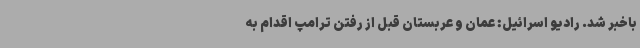
باخبر شد. رادیو اسرائیل: عمان و عربستان قبل از رفتن ترامپ اقدام به